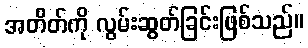
အတိတ်ကို လွမ်းဆွတ်ခြင်းဖြစ်သည်။